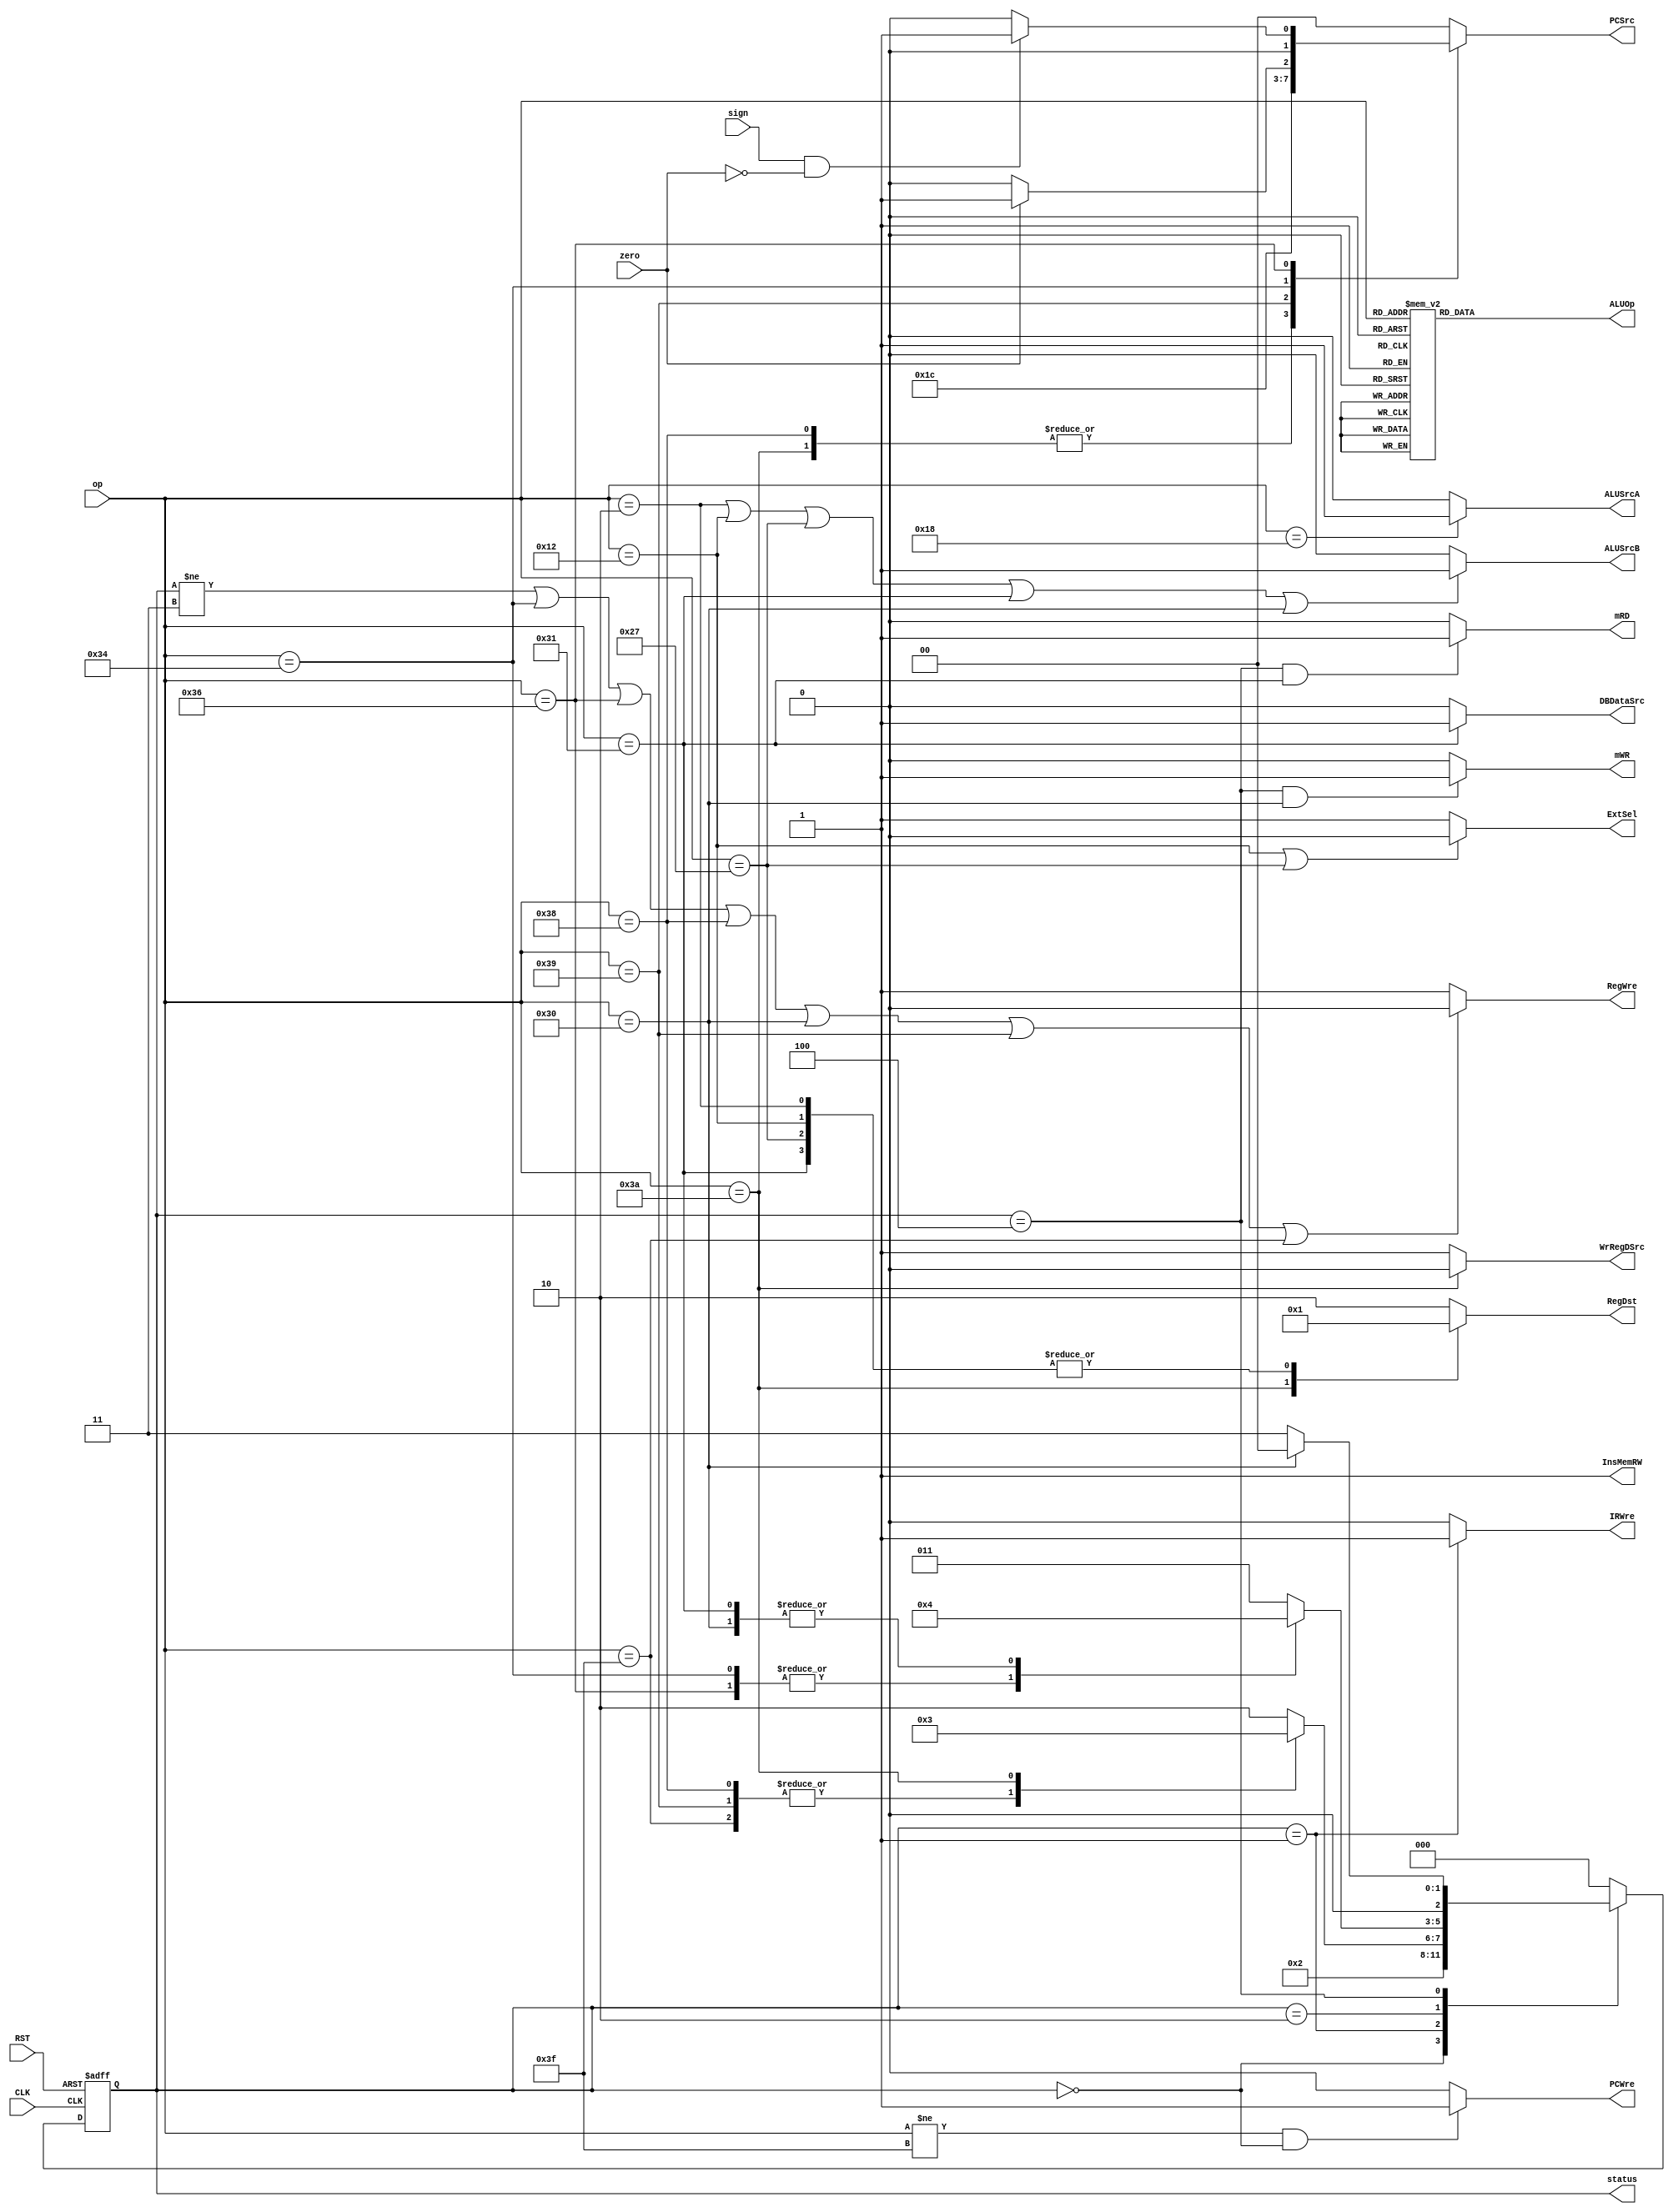
`timescale 1ns / 1ps
//////////////////////////////////////////////////////////////////////////////////
// Company: SYSU
// 
// Design Name: 
// Module Name: ControlUnit
// Project Name: 
// Target Devices: 
// Tool Versions: 
// Description: 
// 
// Dependencies: 
// 
// Revision:
// Revision 0.01 - File Created
// Additional Comments:
// 
//////////////////////////////////////////////////////////////////////////////////

//Control Unit
module ControlUnit(
        input zero,
        input sign,
        input CLK,
        input RST,         
        input [5:0] op,     
        output reg PCWre, 
        output reg ALUSrcA,     
        output reg ALUSrcB,      
        output reg DBDataSrc, 
        output reg RegWre, 
        output reg WrRegDSrc, // new signal
        output reg InsMemRW, 
        output reg mRD,         
        output reg mWR, 
        output reg IRWre,  // new signal     
        output reg ExtSel,   
        output reg [1:0] PCSrc,  
        output reg [1:0] RegDst,  // extend
        output reg [2:0] ALUOp,    // modified 
        output reg [2:0] status  
    );
    
    parameter ADD  = 6'b000000;
    parameter SUB  = 6'b000001;
    parameter ADDI = 6'b000010;
    parameter OR   = 6'b010000;
    parameter AND  = 6'b010001;
    parameter ORI  = 6'b010010;
    parameter SLL  = 6'b011000;
    parameter SLT  = 6'b100110;
    parameter SLTIU= 6'b100111;
    parameter SW   = 6'b110000;
    parameter LW   = 6'b110001;
    parameter BEQ  = 6'b110100;
    parameter BLTZ = 6'b110110;
    parameter J    = 6'b111000;
    parameter JR   = 6'b111001;
    parameter JAL  = 6'b111010;
    parameter HALT = 6'b111111;
    
    parameter sIF = 3'b000;
    parameter sID = 3'b001;
    parameter sEXE= 3'b010;
    parameter sMEM= 3'b100;
    parameter sWB = 3'b011;
    initial begin
        InsMemRW = 1;
        PCWre = 1;
        mRD = 0;
        mWR = 0;
        DBDataSrc = 0;
        status = 3'b000;
    end
    
    always@(negedge CLK or negedge RST) begin
        if (RST == 0) begin
            status <= 3'b000;
        end
        else begin
            case (status) 
                sIF: status <= sID;
                sID: begin
                        case (op)
                            J, JR, HALT: status <= sIF;
                            JAL: status <= sWB;
                            default: status <= sEXE;
                        endcase
                end
                sEXE: begin
                        case (op)
                            BEQ, BLTZ: status <= sIF;
                            SW, LW: status <= sMEM;
                            default: status <= sWB;
                        endcase
                end
                sMEM: begin
                        case (op)
                            SW: status <= sIF;
                            default: status <= sWB;
                        endcase
                end
                sWB: status <= sIF;
                default: status <= sIF;           
            endcase
        end
    end
    
    always@(op or zero or sign or status) 
    begin
        InsMemRW = 1;  
        PCWre = (op != HALT && status == sIF) ? 1 : 0;   //halt
        ALUSrcA = (op == SLL) ? 1 : 0;
        ALUSrcB = (op == ADDI || op == ORI || op == SLTIU || op == LW || op == SW) ? 1 : 0;
        DBDataSrc = (op == LW) ? 1 : 0;
        RegWre = (status != sWB || op == BEQ || op == BLTZ || op == J || op == SW || op == JR || op == HALT) ? 0 : 1;
        WrRegDSrc = (op == JAL) ? 0 : 1;
        
        mRD = (status == sMEM && op == LW) ? 1 : 0;
        mWR = (status == sMEM && op == SW) ? 1 : 0;     //sw
        IRWre = (status == sID) ? 1 : 0;
        ExtSel = (op == ORI || op == SLTIU) ? 0 : 1;
        
        case (op) 
            J, JAL: PCSrc = 2'b11;
            JR: PCSrc = 2'b10;
            BEQ: PCSrc = (zero == 1) ? 2'b01 : 2'b00;
            BLTZ: PCSrc = (sign == 1 && zero == 0) ? 2'b01: 2'b00;
            default: PCSrc = 2'b00;
        endcase
        
        case (op)
            JAL: RegDst = 2'b00;
            ADDI, ORI, SLTIU, LW: RegDst = 2'b01;
            default: RegDst = 2'b10;
        endcase
        
        case (op) 
            ADD, ADDI, SW, LW: 
                    ALUOp = 3'b000;
            SUB, BEQ, BLTZ: 
                    ALUOp = 3'b001;
            SLTIU:
                    ALUOp = 3'b010;
            SLT:
                    ALUOp = 3'b011;
            SLL:
                    ALUOp = 3'b100;
            OR, ORI:
                    ALUOp = 3'b101;
            AND:
                    ALUOp = 3'b110;
            default:
                    ALUOp = 3'b000;         
        endcase
    end
endmodule